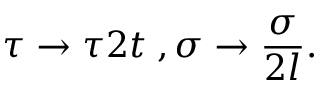
\tau \rightarrow \tau 2 t \; , \sigma \rightarrow \frac { \sigma } { 2 l } .